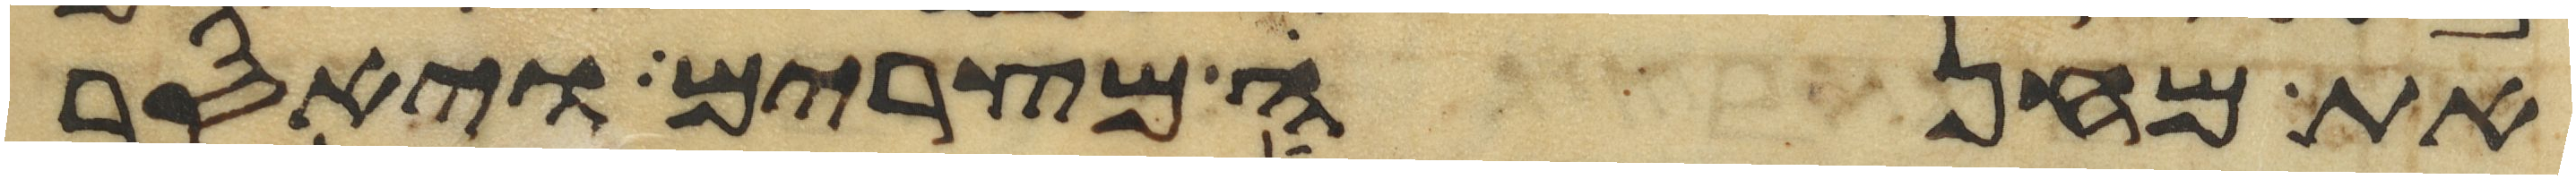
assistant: את מחנה מצרים ויאסר